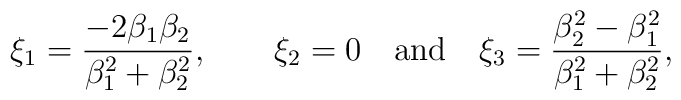
\xi _1=\frac{-2\beta _1\beta _2}{\beta _1^2+\beta _2^2},\qquad \xi _2=0\quad\rm{and\quad }\xi _3=\frac{\beta _2^2-\beta _1^2}{\beta _1^2+\beta _2^2},